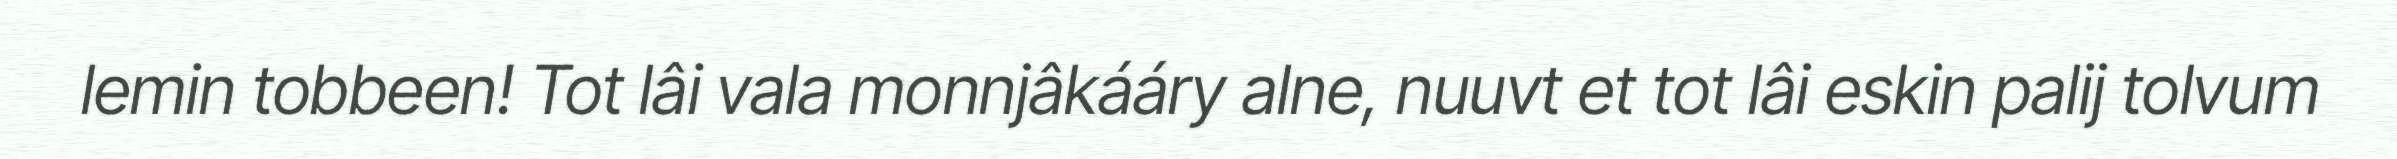
lemin tobbeen! Tot lâi vala monnjâkááry alne, nuuvt et tot lâi eskin palij tolvum